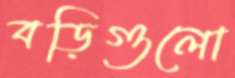
বড়িগুলো